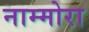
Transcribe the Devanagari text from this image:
नाम्मोरा